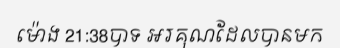
ម៉ោង 21:38បាទ អរគុណដែលបានមក